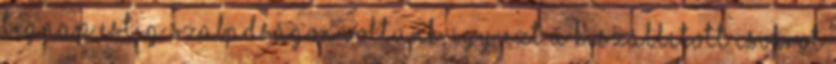
tegnap estig szabadságon voltunk, így ezt a kiszállított csokrot